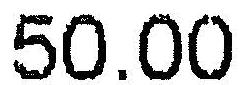
50.00